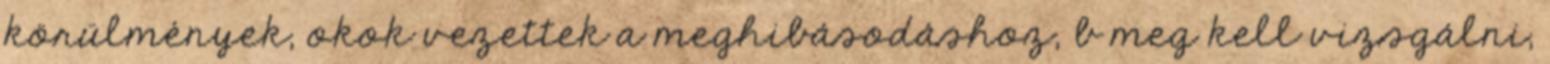
körülmények, okok vezettek a meghibásodáshoz, b meg kell vizsgálni,